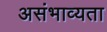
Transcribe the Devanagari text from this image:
असंभाव्यता